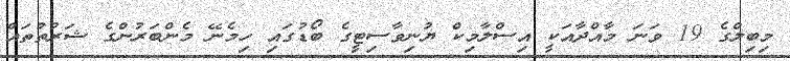
މިބިލްގެ 19 ވަނަ މާއްދާއަކީ އިސްލާމިކް ޔުނިވާސިޓީގެ ބޯޑުގައި ހިމެނޭ މެންބަރުންގެ ޝަރުތުތައް